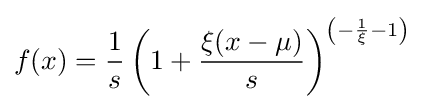
f(x)={\frac {1}{s}}\left(1+{\frac {\xi (x-\mu )}{s}}\right)^{\left(-{\frac {1}{\xi }}-1\right)}